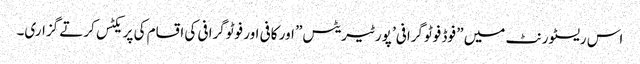
اس ریسٹورنٹ میں ” فوڈ فوٹوگرافی’ پورٹیریٹس” اور کافی اور فوٹوگرافی کی اقسام کی پریکٹس کرتے گزاری۔